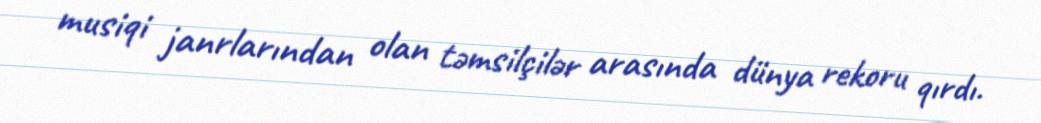
musiqi janrlarından olan təmsilçilər arasında dünya rekoru qırdı.